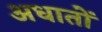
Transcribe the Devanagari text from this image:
अधातों